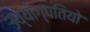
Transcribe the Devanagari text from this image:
उध्योग्पतियो